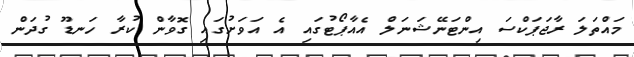
މައްތަލަ ރާޖަޕަކްސަ އިންޓަނޭޝަނަލް އެއާޕޯޓުގައި އެ އަވަށުގައި ގޮވާން ކުރާ ހަނޑޫ ގުދަން